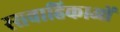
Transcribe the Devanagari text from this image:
रसवाहिकाओं